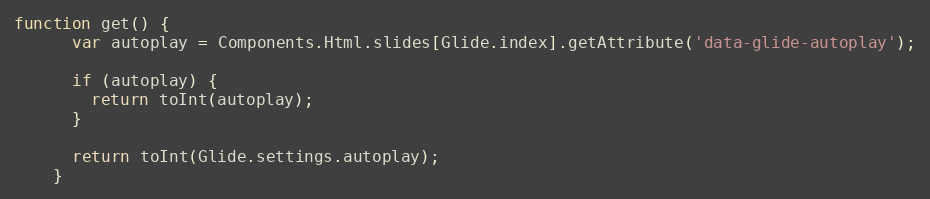
Language: JavaScript
function get() {
      var autoplay = Components.Html.slides[Glide.index].getAttribute('data-glide-autoplay');

      if (autoplay) {
        return toInt(autoplay);
      }

      return toInt(Glide.settings.autoplay);
    }